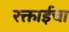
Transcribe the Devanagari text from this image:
रक्ताईचा